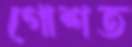
গোশত